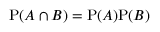
\mathrm { P } ( A \cap B ) = \mathrm { P } ( A ) \mathrm { P } ( B )